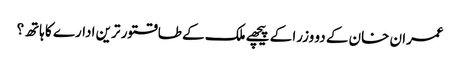
عمران خان کے دو وزرا کے پیچھے ملک کے طاقتور ترین ادارے کا ہاتھ؟